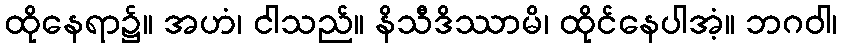
ထိုနေရာ၌။ အဟံ၊ ငါသည်။ နိသီဒိဿာမိ၊ ထိုင်နေပါအံ့။ ဘဂဝါ၊